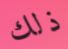
ذلك